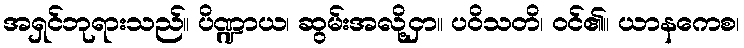
အရှင်ဘုရားသည်။ ပိဏ္ဍာယ၊ ဆွမ်းအလို့ငှာ။ ပဝိသတိ၊ ဝင်၏။ ယာနကေစ၊